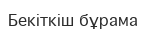
Бекіткіш бұрама